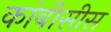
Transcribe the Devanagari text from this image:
कांबीसीस